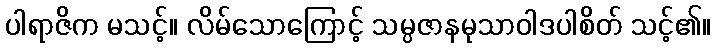
ပါရာဇိက မသင့်။ လိမ်သောကြောင့် သမ္ပဇာနမုသာဝါဒပါစိတ် သင့်၏။